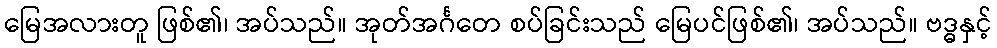
မြေအလားတူ ဖြစ်၏၊ အပ်သည်။ အုတ်အင်္ဂတေ စပ်ခြင်းသည် မြေပင်ဖြစ်၏၊ အပ်သည်။ ဗဒ္ဓနှင့်